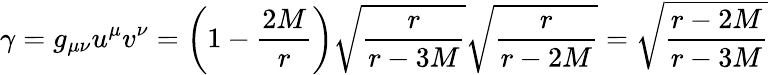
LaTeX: \gamma=g_{\mu\nu}u^{\mu}v^{\nu}=\left(1-{\frac{2M}{r}}\right){\sqrt{\frac{r}{r-3M}}}{\sqrt{\frac{r}{r-2M}}}={\sqrt{\frac{r-2M}{r-3M}}}